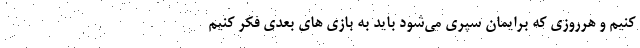
کنیم و هرروزی که برایمان سپری می‌شود باید به بازی های بعدی فکر کنیم